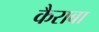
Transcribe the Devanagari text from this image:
कैराबा